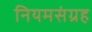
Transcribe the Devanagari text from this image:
नियमसंग्रह